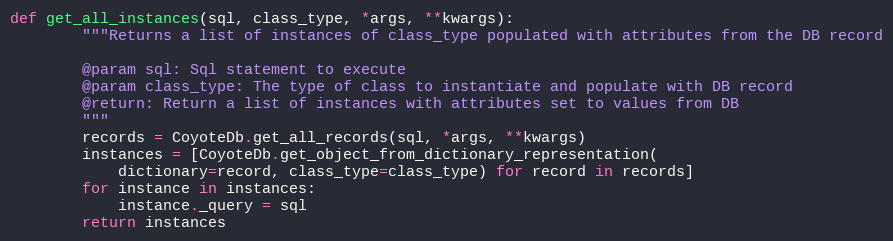
Language: Python
def get_all_instances(sql, class_type, *args, **kwargs):
        """Returns a list of instances of class_type populated with attributes from the DB record

        @param sql: Sql statement to execute
        @param class_type: The type of class to instantiate and populate with DB record
        @return: Return a list of instances with attributes set to values from DB
        """
        records = CoyoteDb.get_all_records(sql, *args, **kwargs)
        instances = [CoyoteDb.get_object_from_dictionary_representation(
            dictionary=record, class_type=class_type) for record in records]
        for instance in instances:
            instance._query = sql
        return instances